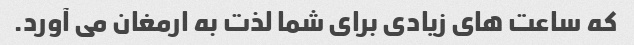
که ساعت های زیادی برای شما لذت به ارمغان می آورد.